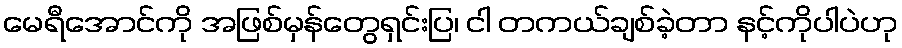
မေရီအောင်ကို အဖြစ်မှန်တွေရှင်းပြ၊ ငါ တကယ်ချစ်ခဲ့တာ နင့်ကိုပါပဲဟု